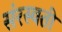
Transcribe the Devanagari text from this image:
संरस्वती